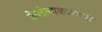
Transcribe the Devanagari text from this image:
केलेत्याकाळच्या